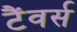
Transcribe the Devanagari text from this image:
टैंवर्स